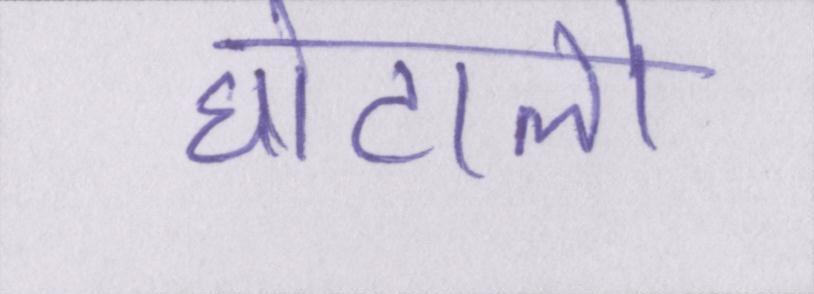
घोटालो